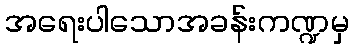
အရေးပါသောအခန်းကဏ္ဍမှ